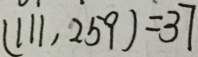
( 1 1 , 2 5 9 ) = 3 7